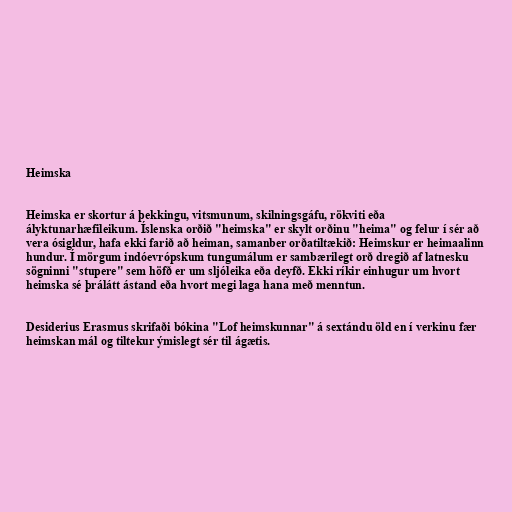
Heimska

Heimska er skortur á þekkingu, vitsmunum, skilningsgáfu, rökviti eða
ályktunarhæfileikum. Íslenska orðið "heimska" er skylt orðinu "heima" og felur í sér að
vera ósigldur, hafa ekki farið að heiman, samanber orðatiltækið: Heimskur er heimaalinn
hundur. Í mörgum indóevrópskum tungumálum er sambærilegt orð dregið af latnesku
sögninni "stupere" sem höfð er um sljóleika eða deyfð. Ekki ríkir einhugur um hvort
heimska sé þrálátt ástand eða hvort megi laga hana með menntun.

Desiderius Erasmus skrifaði bókina "Lof heimskunnar" á sextándu öld en í verkinu fær
heimskan mál og tiltekur ýmislegt sér til ágætis.